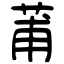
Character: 莆